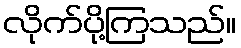
လိုက်ပို့ကြသည်။